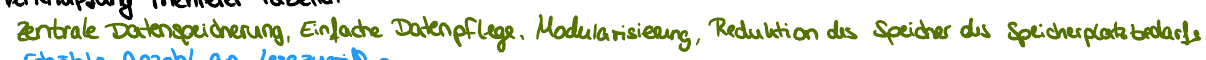
zentrale Datenspeicherung, Einfache Datenpflege, Modularisierung, Reduktion des Speicher des Speicherplatzbedarfs